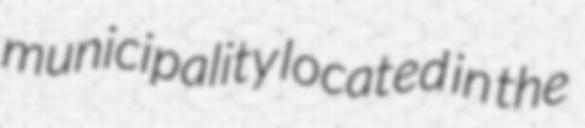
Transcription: municipality located in the